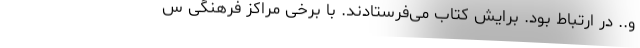
و.. در ارتباط بود. برایش کتاب می‌فرستادند. با برخی مراکز فرهنگی س